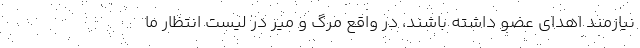
نیازمند اهدای عضو داشته باشند، در واقع مرگ و میر در لیست انتظار ما